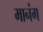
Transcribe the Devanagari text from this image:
मानंग